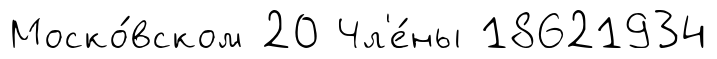
Моско́вском 20 Чл'е́ны 18621934